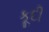
કૂદી